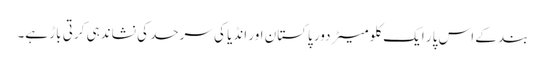
بند کے اس پار ایک کلو میٹر دور پاکستان اور انڈیا کی سرحد کی نشاندہی کرتی باڑ ہے۔